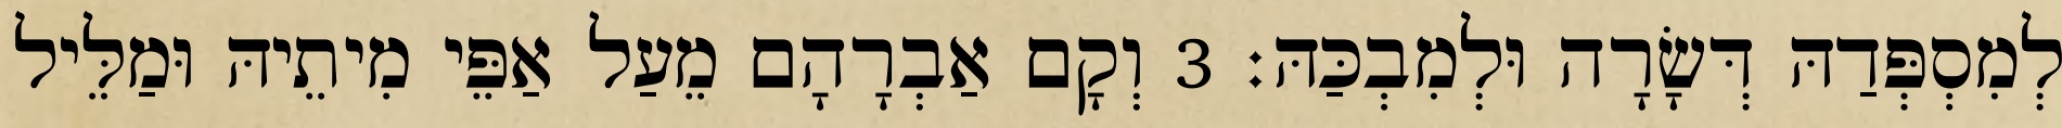
לְמִסְפְּדַהּ דְּשָׂרָה וּלְמִבְכַּהּ׃ 3 וְקָם אַבְרָהָם מֵעַל אַפֵּי מִיתֵיהּ וּמַלֵּיל